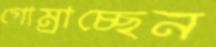
গোম্‌রাচ্ছেন